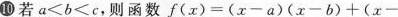
10若$$a＜b＜c$$，则函数$$f(x)=(x-a)(x-b)+(x-$$